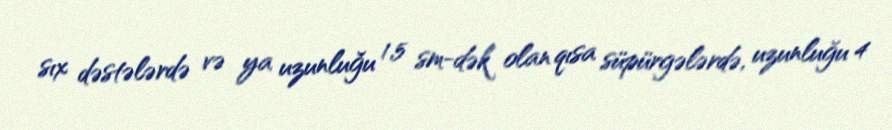
sıx dəstələrdə və ya uzunluğu 1,5 sm-dək olan qısa süpürgələrdə, uzunluğu 4